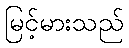
မြင့်မားသည်